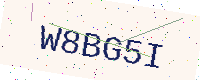
Text: W8BG5I